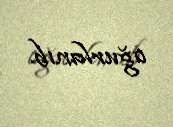
oğurlanıb.